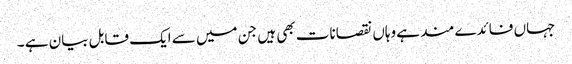
جہاں فائدے مند ہے وہاں نقصانات بھی ہیں جن میں سے ایک قابل بیان ہے ۔